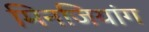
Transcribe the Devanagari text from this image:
मिनजियांग